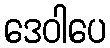
ဒေဝါပေ